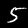
Digit: 5